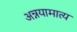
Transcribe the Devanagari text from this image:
अन्नयामात्य